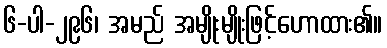
၆-ပါ-၂၉၆၊ အမည် အမျိုးမျိုးဖြင့်ဟောထား၏။